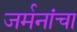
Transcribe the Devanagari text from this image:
जर्मनांचा